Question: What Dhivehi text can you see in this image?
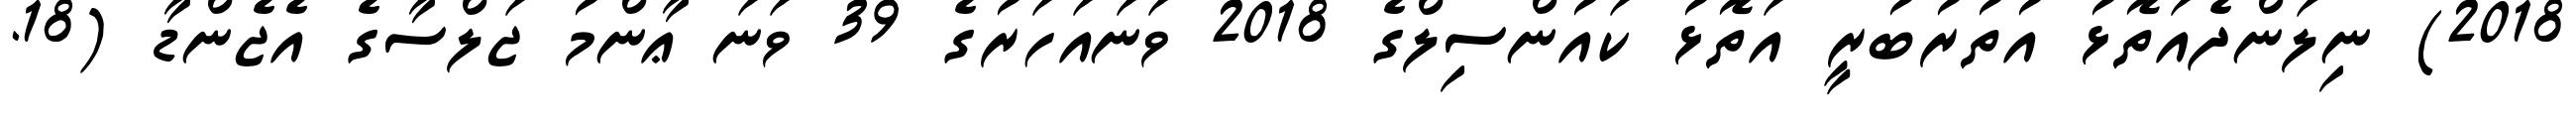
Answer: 2018) ނިލަންދެއަތޮޅު އުތުރުބުރީ އަތޮޅު ކައުންސިލްގެ 2018 ވަނައަހަރުގެ 39 ވަނަ ޢާންމު ޖަލްސާގެ އެޖެންޑާ (18.